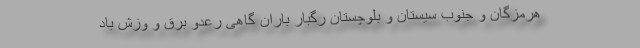
هرمزگان و جنوب سیستان و بلوچستان رگبار باران گاهی رعدو برق و وزش باد